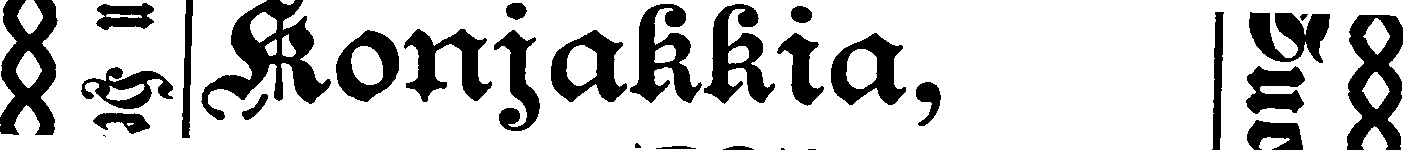
# Konjakkia, #